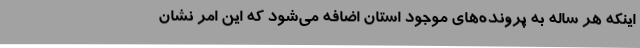
اینکه هر ساله به پرونده‌های موجود استان اضافه می‌شود که این امر نشان